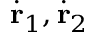
\dot { \mathbf { r } } _ { 1 } , \dot { \mathbf { r } } _ { 2 }